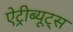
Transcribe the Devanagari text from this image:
ऐट्रीब्यूट्स